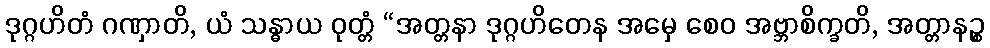
ဒုဂ္ဂဟိတံ ဂဏှာတိ, ယံ သန္ဓာယ ဝုတ္တံ “အတ္တနာ ဒုဂ္ဂဟိတေန အမှေ စေဝ အဗ္ဘာစိက္ခတိ, အတ္တာနဉ္စ